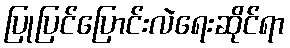
ပြုပြင်ပြောင်းလဲရေးဆိုင်ရာ